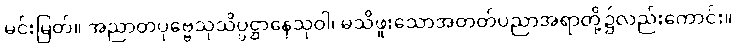
မင်းမြတ်။ အညာတပုဗ္ဗေသုသိပ္ပဋ္ဌာနေသုဝါ၊ မသိဖူးသောအတတ်ပညာအရာတို့၌လည်းကောင်း။